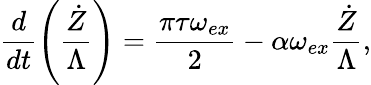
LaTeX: \frac{d}{dt}\left(\frac{\dot{Z}}{\Lambda}\right)=\frac{\pi\tau\omega_{ex}}{2}-\alpha\omega_{ex}\frac{\dot{Z}}{\Lambda},